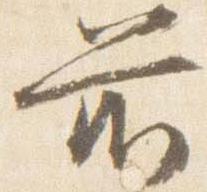
前